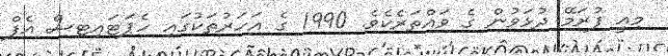
މިއީ ފުރަމޭ ދުޅަވުން ގެ ވައްތަރެކެވެ. 1990 ގެ އަހަރުތަކުގައި ހެޕަޓައިޓިސް އެފް